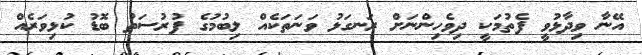
އޭނާ ވިދާޅުވީ ފެތުމަކީ ދިވެހިންނަށް ރަނގަޅު ވަނަތަކެއް ލިބުމުގެ ފުރުސަތު ބޮޑު ކުޅިވަރެއް